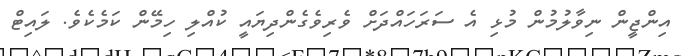
އިންޖީން ނިވާލުމުން މުޅި އެ ސަރަހައްދަށް ވެރިވެގެންދިޔައީ ކުއްލި ހިމޭން ކަމެކެވެ. ލައިޓް